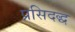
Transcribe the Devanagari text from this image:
प्रसिदद्ध